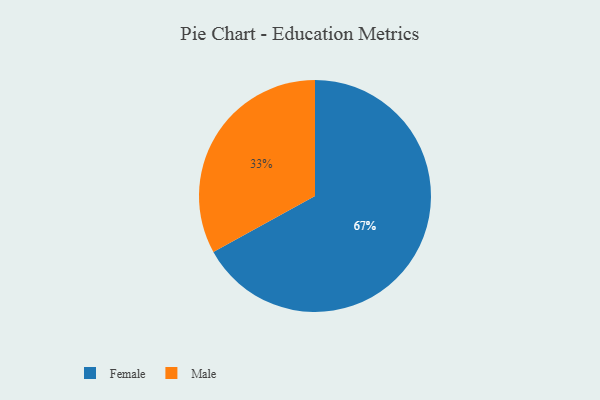
{"axis": {"x": "Category", "y": "Percentage"}, "legend": ["Female", "Male"], "data": [{"x": "Male", "y": 33, "type": "Male"}, {"x": "Female", "y": 67, "type": "Female"}]}